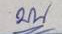
บน